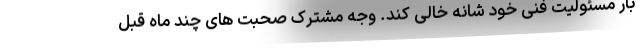
بار مسئولیت فنی خود شانه خالی کند. وجه مشترک صحبت های چند ماه قبل